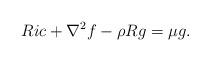
LaTeX: \begin{align*} Ric+\nabla^2 f-\rho Rg=\mu g.\end{align*}